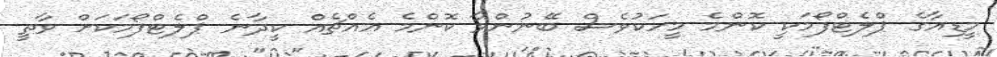
މީޑިއާގެ ޕްލެޓްފޯމަކީ ކޮންމެ މީހަކުވެސް ބޭނުންވާ ކޮންމެ އެއްޗެއް ކީދާނެ ޕްލެޓްފޯމަކަށް ވާތީ